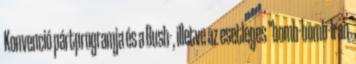
Konvenció pártprogramja és a Bush-, illetve az esetleges "bomb-bomb-Iran